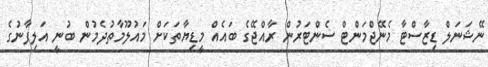
ނޭޝަނަލް ޑިޒާސްޓާ މެނޭޖްމަންޓް ސެންޓަރުން ރާއްޖޭގެ ބައެއް މީޑިޔާތަކަށް މައުލޫމާތުދެމުން ބުނީ އަލިފާނުގެ